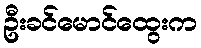
ဦးခင်မောင်ထွေးက